Civil Veterinary Department Bengal reports 1923-33 - 1923-1933
Year: 1923
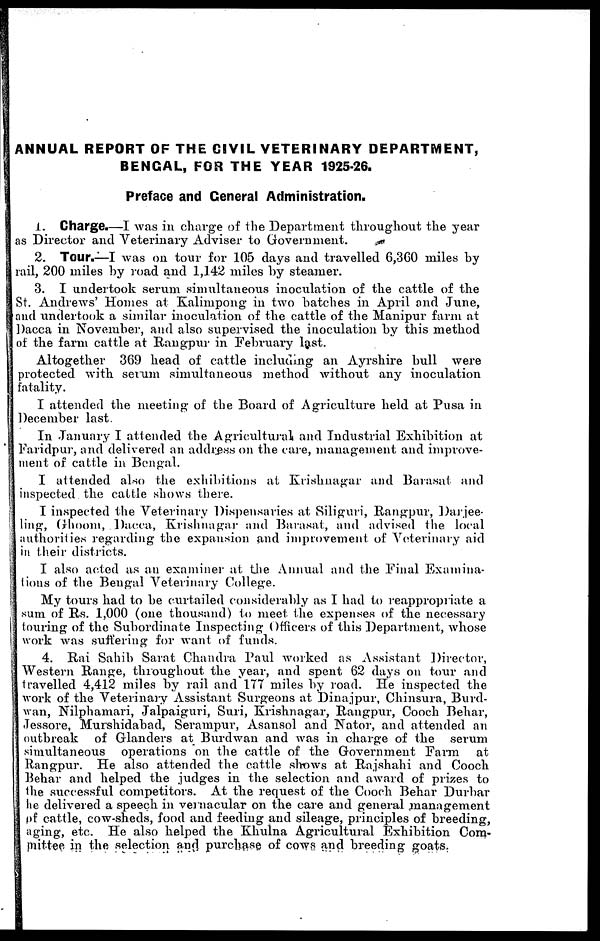
ANNUAL REPORT OF THE CIVIL VETERINARY DEPARTMENT,
BENGAL, FOR THE YEAR 1925-26.
Preface and General Administration.
1. Charge.—I was in charge of the Department throughout the year
as Director and Veterinary Adviser to Government.
2. Tour.—I was on tour for 105 days and travelled 6,360 miles by
rail, 200 miles by road and 1,142 miles by steamer.
3. I undertook serum simultaneous inoculation of the cattle of the
St. Andrews' Homes at Kalimpong in two batches in April and June,
and undertook a similar inoculation of the cattle of the Manipur farm at
Dacca in November, and also supervised the inoculation by this method
of the farm cattle at Rangpur in February last.
Altogether 369 head of cattle including an Ayrshire bull were
protected with serum simultaneous method without any inoculation
fatality.
I attended the meeting of the Board of Agriculture held at Pusa in
December last.
In January I attended the Agricultural and Industrial Exhibition at
Faridpur, and delivered an address on the care, management and improve-
ment of cattle in Bengal.
I attended also the exhibitions at Krishnagar and Barasat and
inspected the cattle shows there.
I inspected the Veterinary Dispensaries at Siliguri, Rangpur, Darjee-
ling, Ghoom, Dacca, Krishnagar and Barasat, and advised the local
authorities regarding the expansion and improvement of Veterinary aid
in their districts.
I also acted as an examiner at the Annual and the Final Examina-
tions of the Bengal Veterinary College.
My tours had to be curtailed considerably as I had to reappropriate a
sum of Rs. 1,000 (one thousand) to meet the expenses of the necessary
touring of the Subordinate Inspecting Officers of this Department, whose
work was suffering for want of funds.
4. Rai Sahib Sarat Chandra Paul worked as Assistant Director,
Western Range, throughout the year, and spent 62 days on tour and
travelled 4,412 miles by rail and 17T miles by road. He inspected the
work of the Veterinary Assistant Surgeons at Dinajpur, Chinsura, Burd-
wan, Nilphamari, Jalpaiguri, Suri, Krishnagar, Rangpur, Cooch Behar,
Jessore, Murshidabad, Serampur, Asansol and Nator, and attended an
outbreak of Glanders at Burdwan and was in charge of the serum
simultaneous operations on the cattle of the Government Farm
at
Rangpur. He also attended the cattle shows at Rajshahi and Cooch
Behar and helped the judges in the selection and award of prizes to
the successful competitors. At the request of the Cooch Behar Durbar
he delivered a speech in vernacular on the care and general management
of cattle, cow-sheds, food and feeding and sileage, principles of breeding,
aging, etc. He also helped the Khulna Agricultural Exhibition Com-
mittee in the selection and purchase of cows and breeding goats.